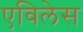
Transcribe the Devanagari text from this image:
एविलेस